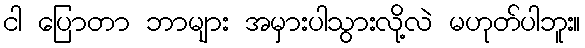
ငါ ပြောတာ ဘာများ အမှားပါသွားလို့လဲ မဟုတ်ပါဘူး။